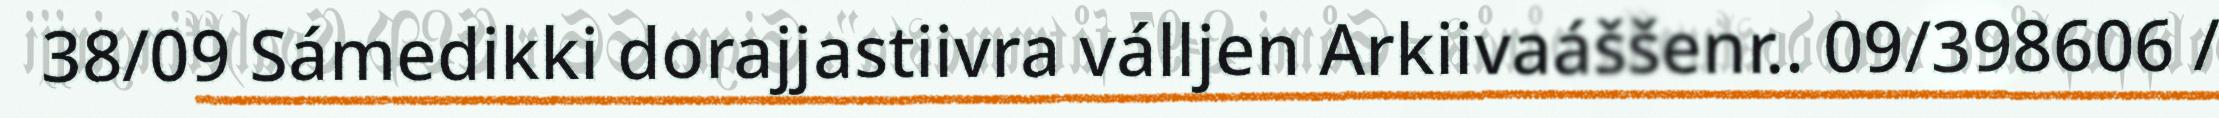
38/09 Sámedikki dorajjastiivra válljen Arkiivaáššenr.. 09/398606 /